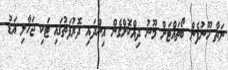
ނަތާ ހޫނުފެން ބޯތައްޓަށް މޫނު ދިއްކޮށްގެން އިންދައި ދޮރުފަތުގައި ޓަކި ޖަހާލި އަޑު